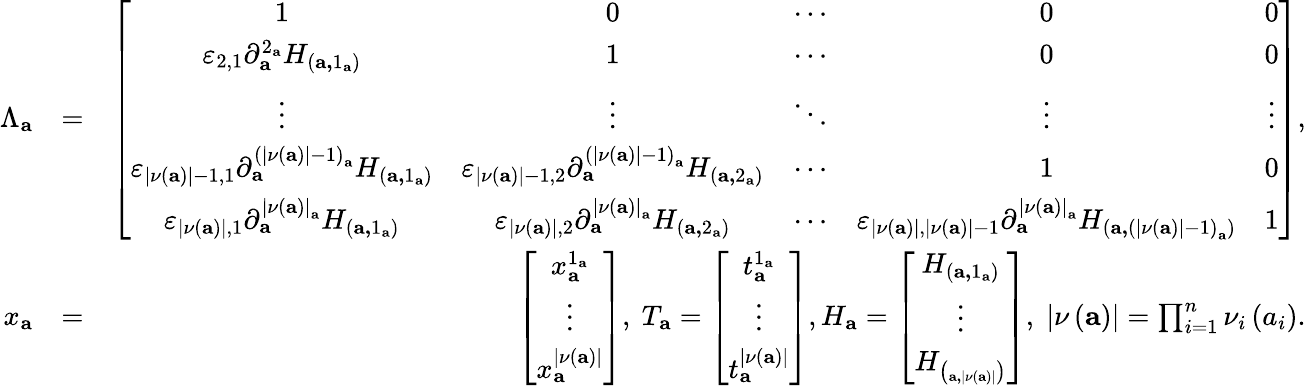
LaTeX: \begin{array}{rlr}{\Lambda_{\mathbf{a}}}&{=}&{\left[\begin{array}{ccccc}{1}&{0}&{\cdots}&{0}&{0}\\ {\varepsilon_{2,1}\partial_{\mathbf{a}}^{2_{\mathbf{a}}}H_{\left(\mathbf{a,}1_{\mathbf{a}}\right)}}&{1}&{\cdots}&{0}&{0}\\ {\vdots}&{\vdots}&{\ddots}&{\vdots}&{\vdots}\\ {\varepsilon_{\left\vert\nu\left(\mathbf{a}\right)\right\vert-1,1}\partial_{\mathbf{a}}^{\left(\left\vert\nu\left(\mathbf{a}\right)\right\vert-1\right)_{\mathbf{a}}}H_{\left(\mathbf{a,}1_{\mathbf{a}}\right)}}&{\varepsilon_{\left\vert\nu\left(\mathbf{a}\right)\right\vert-1,2}\partial_{\mathbf{a}}^{\left(\left\vert\nu\left(\mathbf{a}\right)\right\vert-1\right)_{\mathbf{a}}}H_{\left(\mathbf{a,}2_{\mathbf{a}}\right)}}&{\cdots}&{1}&{0}\\ {\varepsilon_{\left\vert\nu\left(\mathbf{a}\right)\right\vert,1}\partial_{\mathbf{a}}^{\left\vert\nu\left(\mathbf{a}\right)\right\vert_{\mathbf{a}}}H_{\left(\mathbf{a,}1_{\mathbf{a}}\right)}}&{\varepsilon_{\left\vert\nu\left(\mathbf{a}\right)\right\vert,2}\partial_{\mathbf{a}}^{\left\vert\nu\left(\mathbf{a}\right)\right\vert_{\mathbf{a}}}H_{\left(\mathbf{a,}2_{\mathbf{a}}\right)}}&{\cdots}&{\varepsilon_{\left\vert\nu\left(\mathbf{a}\right)\right\vert,\left\vert\nu\left(\mathbf{a}\right)\right\vert-1}\partial_{\mathbf{a}}^{\left\vert\nu\left(\mathbf{a}\right)\right\vert_{\mathbf{a}}}H_{\left(\mathbf{a,}\left(\left\vert\nu\left(\mathbf{a}\right)\right\vert-1\right)_{\mathbf{a}}\right)}}&{1}\end{array}\right],}\\ {x_{\mathbf{a}}}&{=}&{\left[\begin{array}{c}{x_{\mathbf{a}}^{1_{\mathbf{a}}}}\\ {\vdots}\\ {x_{\mathbf{a}}^{\left\vert\nu\left(\mathbf{a}\right)\right\vert}}\end{array}\right]\mathrm{,~}T_{\mathbf{a}}=\left[\begin{array}{c}{t_{\mathbf{a}}^{1_{\mathbf{a}}}}\\ {\vdots}\\ {t_{\mathbf{a}}^{\left\vert\nu\left(\mathbf{a}\right)\right\vert}}\end{array}\right],H_{\mathbf{a}}=\left[\begin{array}{c}{H_{\left(\mathbf{a,}1_{\mathbf{a}}\right)}}\\ {\vdots}\\ {H_{\left(_{\mathbf{a,}\left\vert\nu\left(\mathbf{a}\right)\right\vert}\right)}}\end{array}\right],\; \lvert\nu\left(\mathbf{a}\right)\rvert=\prod_{i=1}^{n}\nu_{i}\left(a_{i}\right).}\end{array}